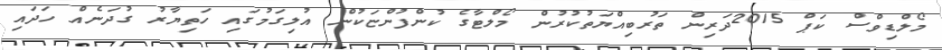
މޯލްޑިވްސް ކަޕް 2015ދަރިން ތަރުބިއްޔަތުކުރުން މޯލްޓާގެ ކުންފުންޏަކުން އުލިގަމުގައި ހަތިޔާރު ގުދަނެއް ހަދައި